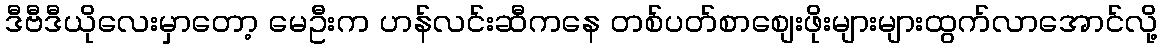
ဒီဗီဒီယိုလေးမှာတော့ မေဦးက ဟန်လင်းဆီကနေ တစ်ပတ်စာစျေးဖိုးများများထွက်လာအောင်လို့